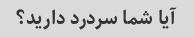
آیا شما سردرد دارید؟